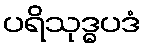
ပရိသုဒ္ဓပဒံ